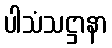
ပါသံသဋ္ဌာနာ